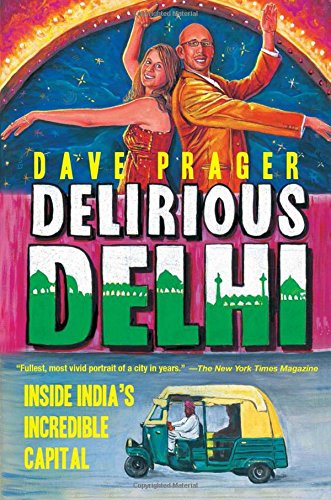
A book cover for Delirious Delhi: Inside India's Incredible Capital; David Prager; Travel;